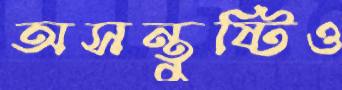
অসন্তুষ্টিও